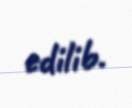
edilib.